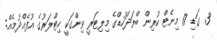
3 ގަޑި 17 މިނެޓް ކުރިން ބްރަދަހުޑްގެ މިލިޓަރީ ވިންގަކީ ހިޓްލަރުގެ އުފެއްދުމެއް: